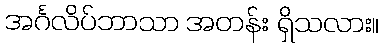
အင်္ဂလိပ်ဘာသာ အတန်း ရှိသလား။